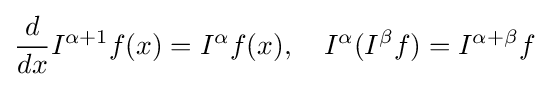
{\frac {d}{dx}}I^{\alpha +1}f(x)=I^{\alpha }f(x),\quad I^{\alpha }(I^{\beta }f)=I^{\alpha +\beta }f